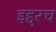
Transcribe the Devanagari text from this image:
इद्दरच